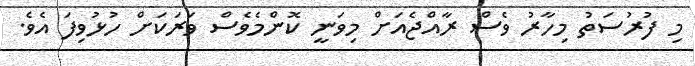
މި ފުރުސަތު މިހާރު ވެސް ރާއްޖެއަށް މިވަނީ ކޮންމެވެސް ވަރަކަށް ހުޅުވިފަ އެވެ.